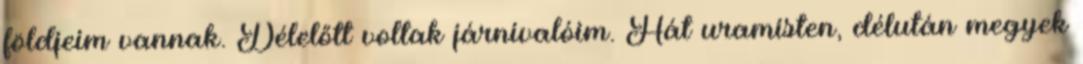
földjeim vannak. Délelőtt voltak járnivalóim. Hát uramisten, délután megyek